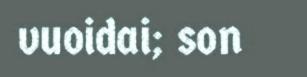
vuoidai; son